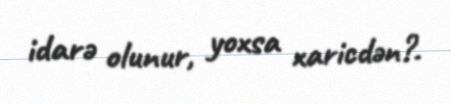
idarə olunur, yoxsa xaricdən?.